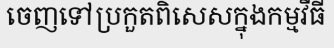
ចេញទៅប្រកួតពិសេសក្នុងកម្មវីធី